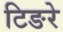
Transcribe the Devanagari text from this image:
टिङरे